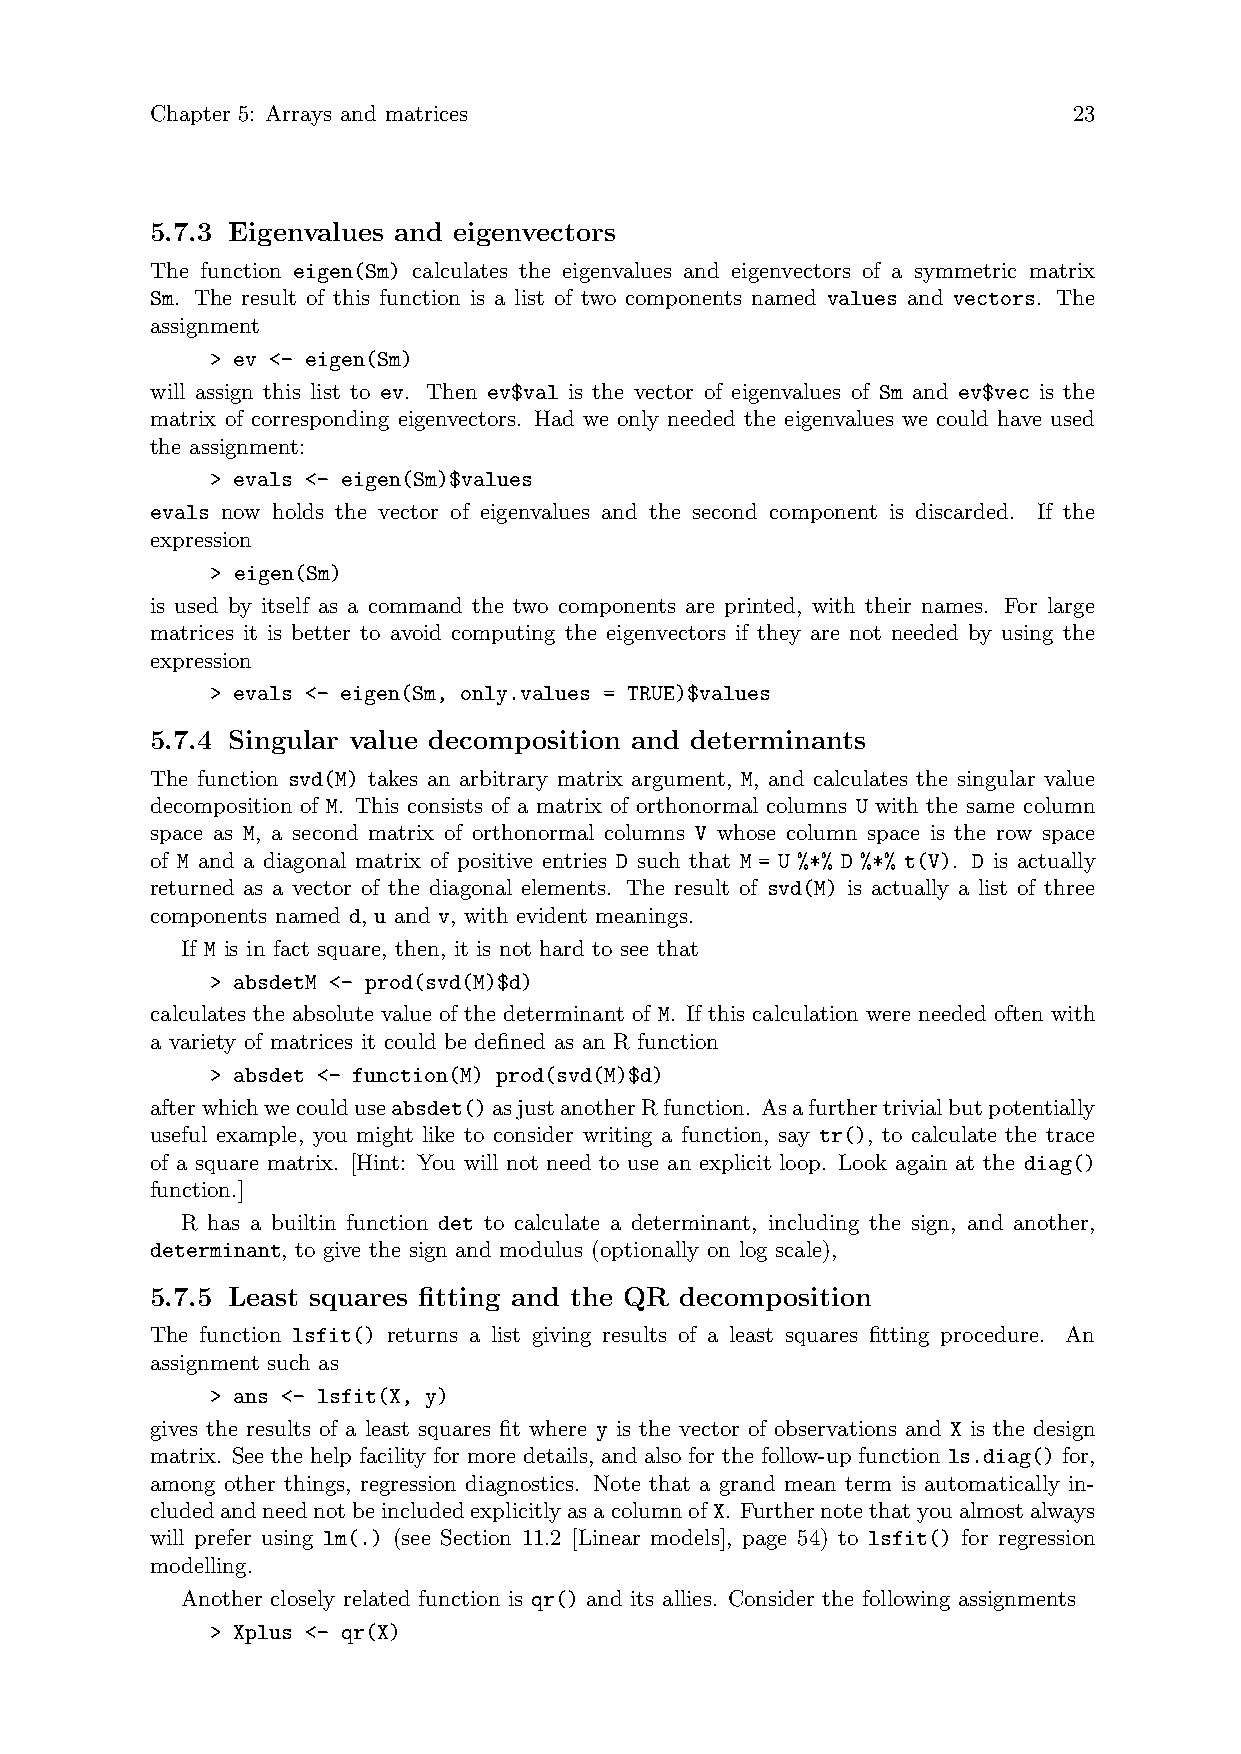
Chapter 5: Arrays and matrices                               23
 5.7.3 Eigenvalues and eigenvectors
 The function eigen(Sm) calculates the eigenvalues and eigenvectors of a symmetric matrix
 Sm. The result of this function is a list of two components named values and vectors. The
 assignment
 > ev <- eigen(Sm)
 will assign this list to ev. Then ev$val is the vector of eigenvalues of Sm and ev$vec is the
 matrix of corresponding eigenvectors. Had we only needed the eigenvalues we could have used
 the assignment:
 > evals <- eigen(Sm)$values
 evals now holds the vector of eigenvalues and the second component is discarded. If the
 expression
 > eigen(Sm)
 is used by itself as a command the two components are printed, with their names. For large
 matrices it is better to avoid computing the eigenvectors if they are not needed by using the
 expression
 > evals <- eigen(Sm, only.values = TRUE)$values
 5.7.4 Singular value decomposition and determinants
 The function svd(M) takes an arbitrary matrix argument, M, and calculates the singular value
 decomposition of M. This consists of a matrix of orthonormal columns U with the same column
 space as M, a second matrix of orthonormal columns V whose column space is the row space
 of M and a diagonal matrix of positive entries D such that M = U %*% D %*% t(V). D is actually
 returned as a vector of the diagonal elements. The result of svd(M) is actually a list of three
 components named d, u and v, with evident meanings.
 If M is in fact square, then, it is not hard to see that
 > absdetM <- prod(svd(M)$d)
 calculates the absolute value of the determinant of M. If this calculation were needed often with
 a variety of matrices it could be defined as an R function
 > absdet <- function(M) prod(svd(M)$d)
 afterwhichwecoulduseabsdet()asjustanotherRfunction. Asafurthertrivialbutpotentially
 useful example, you might like to consider writing a function, say tr(), to calculate the trace
 of a square matrix. [Hint: You will not need to use an explicit loop. Look again at the diag()
 function.]
 R has a builtin function det to calculate a determinant, including the sign, and another,
 determinant, to give the sign and modulus (optionally on log scale),
 5.7.5 Least squares fitting and the QR decomposition
 The function lsfit() returns a list giving results of a least squares fitting procedure. An
 assignment such as
 > ans <- lsfit(X, y)
 gives the results of a least squares fit where y is the vector of observations and X is the design
 matrix. See the help facility for more details, and also for the follow-up function ls.diag() for,
 among other things, regression diagnostics. Note that a grand mean term is automatically in-
 cludedandneednotbeincludedexplicitlyasacolumnofX. Furthernotethatyoualmostalways
 will prefer using lm(.) (see Section 11.2 [Linear models], page 54) to lsfit() for regression
 modelling.
 Another closely related function is qr() and its allies. Consider the following assignments
 > Xplus <- qr(X)